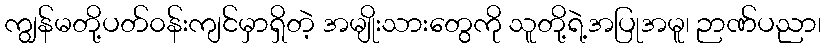
ကျွန်မတို့ပတ်၀န်းကျင်မှာရှိတဲ့ အမျိုးသားတွေကို သူတို့ရဲ့အပြုအမူ၊ ဉာဏ်ပညာ၊